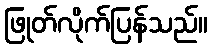
ဖြုတ်လိုက်ပြန်သည်။